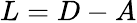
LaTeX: L=D-A